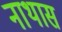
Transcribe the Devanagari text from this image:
नाथास